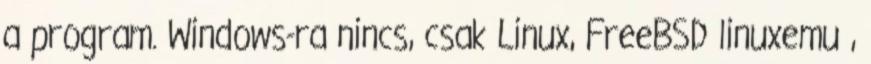
a program. Windows-ra nincs, csak Linux, FreeBSD linuxemu ,